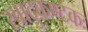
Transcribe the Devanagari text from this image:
स्वादुकण्टकः